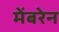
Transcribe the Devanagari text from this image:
मेंबरेन